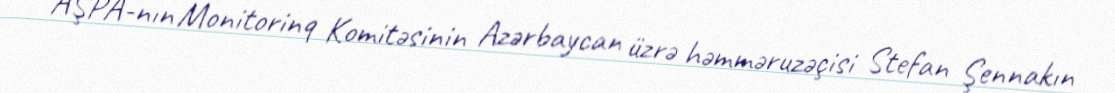
AŞPA-nın Monitorinq Komitəsinin Azərbaycan üzrə həmməruzəçisi Stefan Şennakın